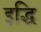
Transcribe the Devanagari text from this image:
इद्धि